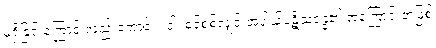
မရှိခြင်းကြောင့် လည်းကောင်း။ ဝါ၊ စင်စစ်လျှင် အပါယ်ပဋိသန္ဓေ၏ အကြောင်းအဖြစ်